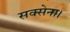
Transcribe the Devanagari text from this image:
सक्सेना।